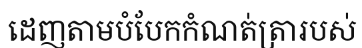
ដេញតាមបំបែកកំណត់ត្រារបស់